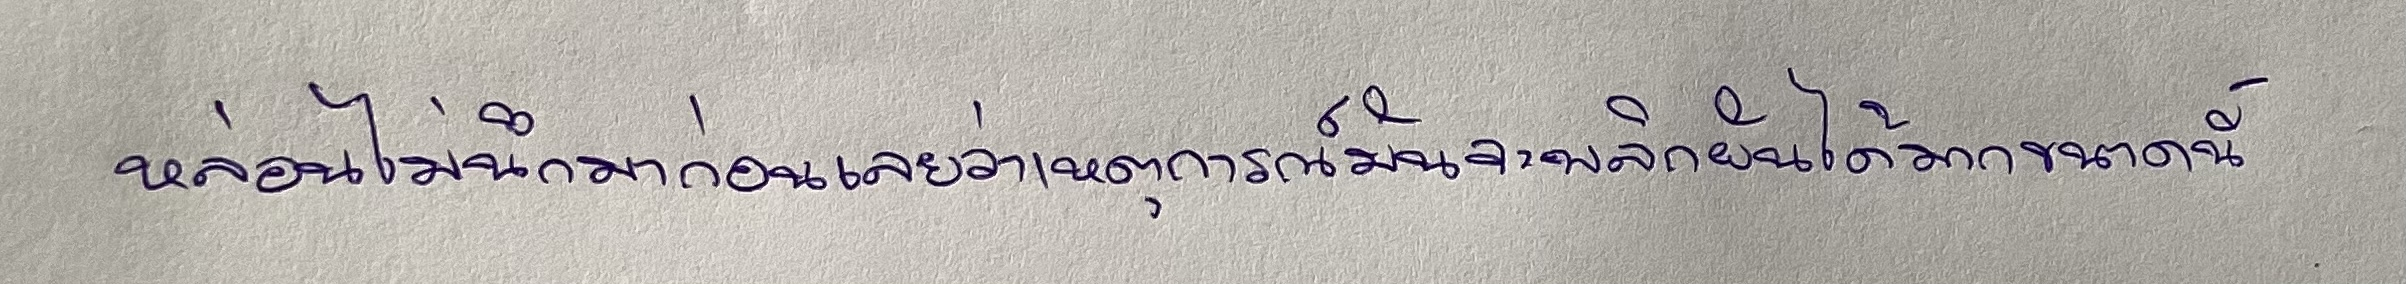
หล่อนไม่นึกมาก่อนเลยว่าเหตุการณ์มันจะพลิกผันได้มากขนาดนี้